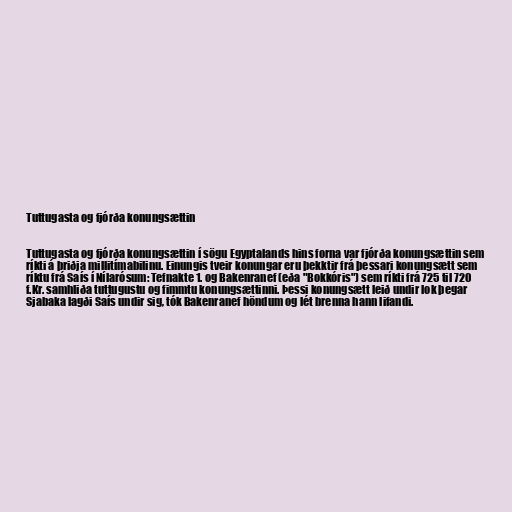
Tuttugasta og fjórða konungsættin

Tuttugasta og fjórða konungsættin í sögu Egyptalands hins forna var fjórða konungsættin sem
ríkti á þriðja millitímabilinu. Einungis tveir konungar eru þekktir frá þessari konungsætt sem
ríktu frá Saís í Nílarósum: Tefnakte 1. og Bakenranef (eða "Bokkóris") sem ríkti frá 725 til 720
f.Kr. samhliða tuttugustu og fimmtu konungsættinni. Þessi konungsætt leið undir lok þegar
Sjabaka lagði Saís undir sig, tók Bakenranef höndum og lét brenna hann lifandi.